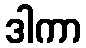
ဒါကာ